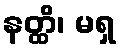
နတ္ထိ၊ မရှ